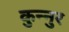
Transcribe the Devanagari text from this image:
कुन्नुर